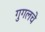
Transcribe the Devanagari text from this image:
गुगलचे